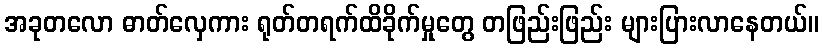
အခုတလော ဓာတ်လှေကား ရုတ်တရက်ထိခိုက်မှုတွေ တဖြည်းဖြည်း များပြားလာနေတယ်။